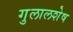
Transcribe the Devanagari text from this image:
गुलालशेष